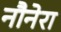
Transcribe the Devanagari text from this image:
नौनेरा